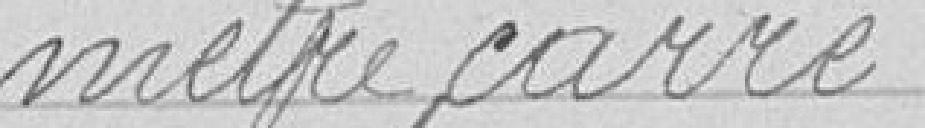
mètre carré.